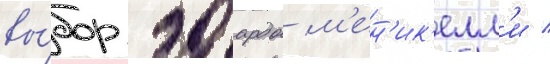
вы́бор эдоардо м'ен'ик'елл'и /